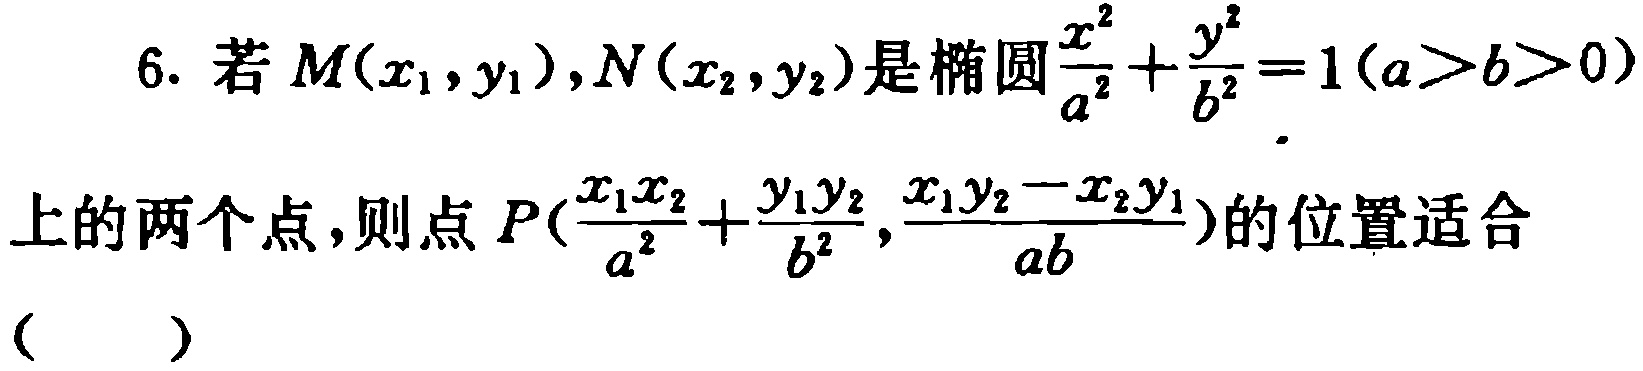
6. 若$M(x_{1},y_{1}),N(x_{2},y_{2})$是椭圆$\frac{x^{2}}{a^{2}}+\frac{y^{2}}{b^{2}} = 1(a > b > 0)$上的两个点，则点$P(\frac{x_{1}x_{2}}{a^{2}}+\frac{y_{1}y_{2}}{b^{2}},\frac{x_{1}y_{2}-x_{2}y_{1}}{ab})$的位置适合（  ）